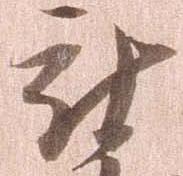
被